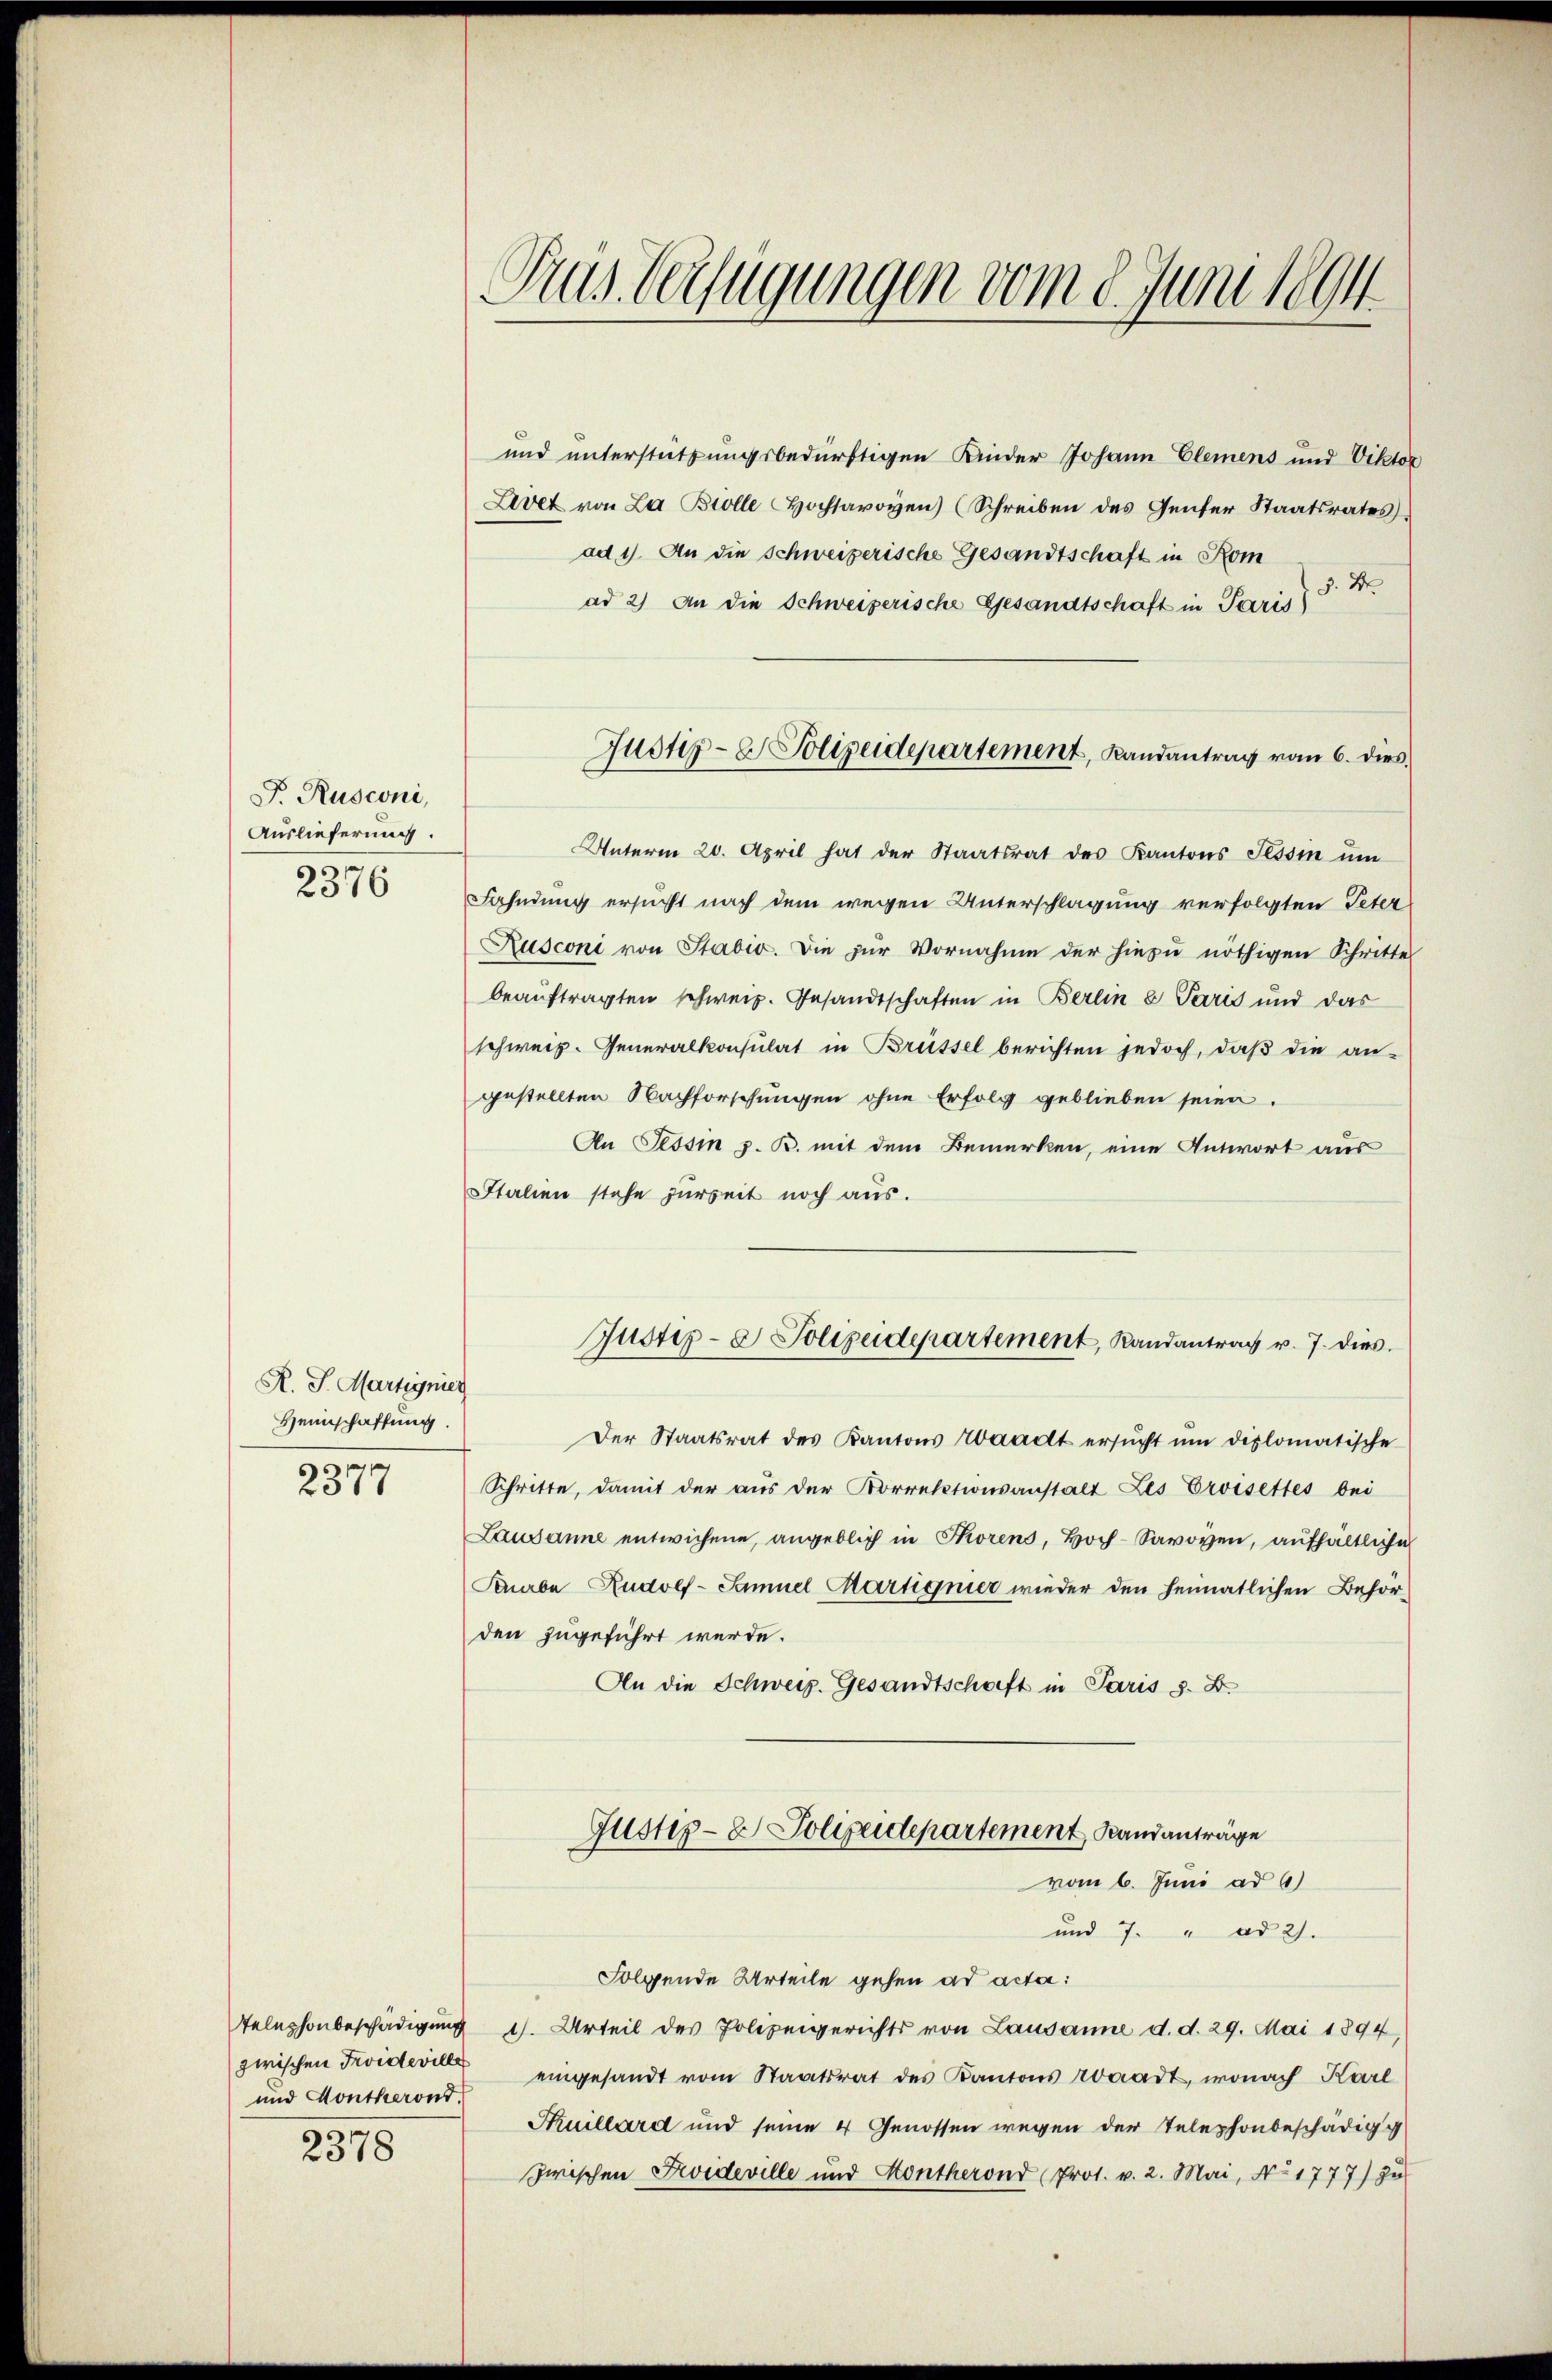
F. Rusconi,
Auslieferung.
2376

R. J. Martignier
Heinschaffung.

451

und Montheront.
2378

Rus Verfügungen vom 8. Juni 1894

und unterstützungsbedürftigen Kinder Johann Elemens und Viktor
Livet von La Brolle Hochsavoyen) (Schreiben des Genfer Staatsrates
ad 1. An die Schweizerische Gesandtschaft in Kom
3 Dr
ad 2) An die Schweizerische Gesandtschaft in Paris
Unterm 20. April hat der Staatsrat des Kantons Tessin ŭm
Fahndung ersucht nach dem wegen Unterschlagung verfolgten Peter
Rusconi von Stabis. Die zur Vornahme der hiezu nöthigen Schritte
beaŭftragten schweiz. Gesandtschaften in Berlin u Paris und das
schweiz. Generalkonsulat in Brüssel berichten jedoch, daß die an-
gestellten Nachforschungen ohne Erfolg geblieben seien.
An Tessin z. B. mit dem Bemerken, eine Antwort aus
Italien stehe zurseit noch aus.
Justiz- & Polizeidepartement, Randantrag u. 7. dies.
Der Staatsrat des Kantons Waadt ersŭcht ŭm diplomatische
Schritte, damit der aus der Korrektionsanstalt Les Eroisettes bei
Lausanne entwichene, angeblich in Thorens, Hoch-Savoyen, aufhältliche
Parbe Rudolf-Samuel Martignier wieder den heimatlichen Behörden zugeführt werde.
An die Schweiz. Gesandtschaft in Paris s. B.
Justiz- & Polizeidepartement, Randanträge
vom 6. Juni ad 6)
und 7. " ad 2.
Folgende Urteile gehen ad acta:
Telephonbeschädigung 1). Urteil des Polizeigerichts von Lausanne d. d. 29. Mai 1894,
zwischen Troidern eingesandt vom Staatsrat des Kantons roaadt, wonach Karl
Tuillard und seine 4 Genossen wegen der Telephonbeschädigg
zwischen Evideville und Kontherond (Prot. v. 2. Mai, No 1777) zu

Justiz- & Polizeidepartement, Landantrag vom 6. dies